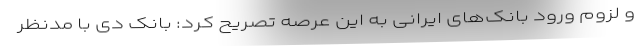
و لزوم ورود بانک‌های ایرانی به این عرصه تصریح کرد: بانک دی با مدنظر